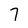
Character: 7